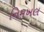
નિમખલ